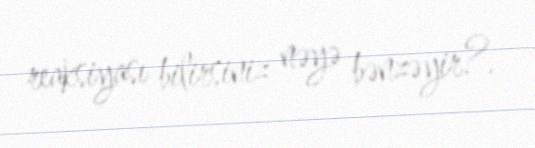
reaksiyası bilirsiniz nəyə bənzəyir?.